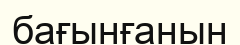
бағынғанын